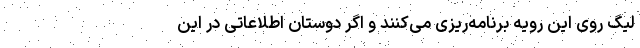
لیگ روی این رویه برنامه‌ریزی می‌کنند و اگر دوستان اطلاعاتی در این